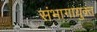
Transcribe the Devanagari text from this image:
संभागायुक्त